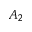
A _ { 2 }